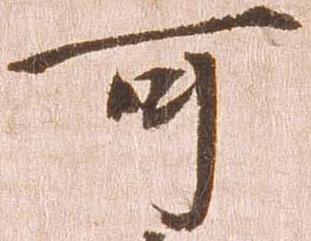
可